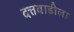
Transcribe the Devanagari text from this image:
दत्तवाडीला